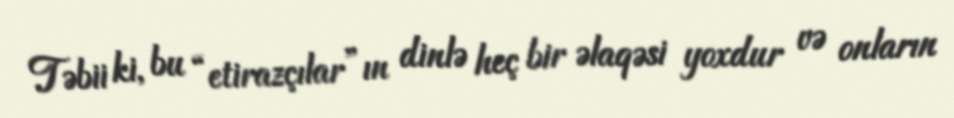
Təbii ki, bu “etirazçılar”ın dinlə heç bir əlaqəsi yoxdur və onların